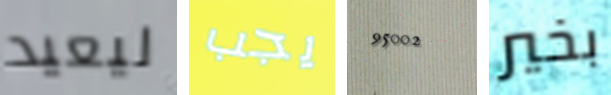
ليعيد يجب 95002 بخير